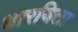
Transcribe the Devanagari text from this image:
धारयिता